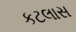
કટલાસ